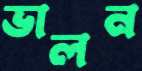
ভালন